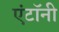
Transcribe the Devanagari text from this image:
एंटॉनी